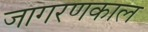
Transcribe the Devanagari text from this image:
जागरणकाल